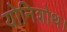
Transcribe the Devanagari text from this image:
योनिशोथ।